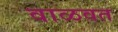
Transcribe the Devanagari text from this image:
वाळवत